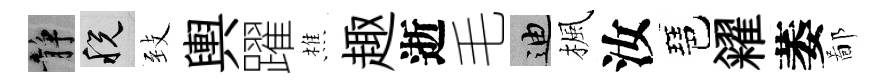
静税𦤺輿躍樵趣逝毛迪楓汝琶糴萎鄙